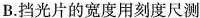
B.挡光片的宽度用刻度尺测